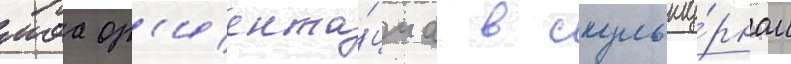
моа ор'иента́циа в скульпту́рном